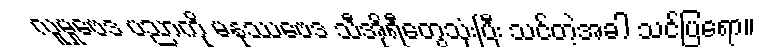
လူမှုဗေဒ ပညာကို မနုဿဗေဒ သီအိုရီတွေသုံးပြီး သင်တဲ့အခါ သင်ပြရော။